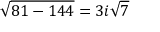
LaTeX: { \sqrt { 8 1 - 1 4 4 } } = 3 i { \sqrt { 7 } }